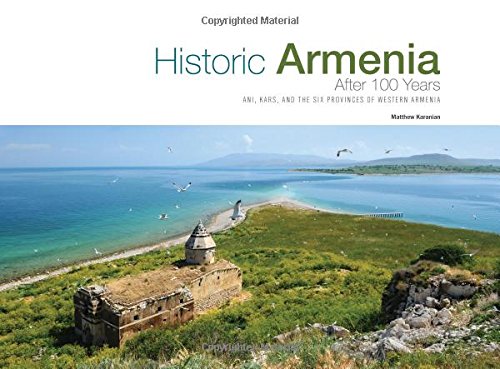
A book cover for Historic Armenia After 100 Years: Ani, Kars and the Six Provinces of Western Armenia; Matthew Karanian; History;